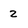
Character: 2